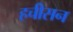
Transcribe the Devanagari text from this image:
हचीसन